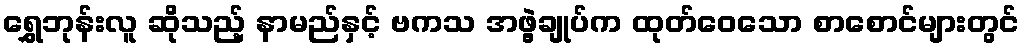
ရွှေဘုန်းလူ ဆိုသည့် နာမည်နှင့် ဗကသ အဖွဲ့ချုပ်က ထုတ်ဝေသော စာစောင်များတွင်